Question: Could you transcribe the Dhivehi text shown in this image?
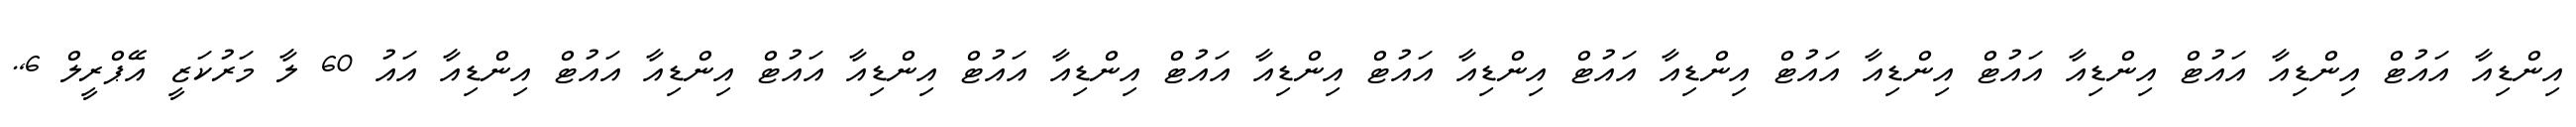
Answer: އިންޑިއާ އައުޓް އިންޑިއާ އައުޓް އިންޑިއާ އައުޓް އިންޑިއާ އައުޓް އިންޑިއާ އައުޓް އިންޑިއާ އައުޓް އިންޑިއާ އައުޓް އިންޑިއާ އައުޓް އިންޑިއާ އައުޓް އިންޑިއާ އައުޓް އިންޑިއާ އައު 60 ލާ މަރުކަޒީ އޭޕްރީލް 6,.